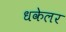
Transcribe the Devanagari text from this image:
धकेलर